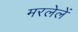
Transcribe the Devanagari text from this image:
मरलेलें